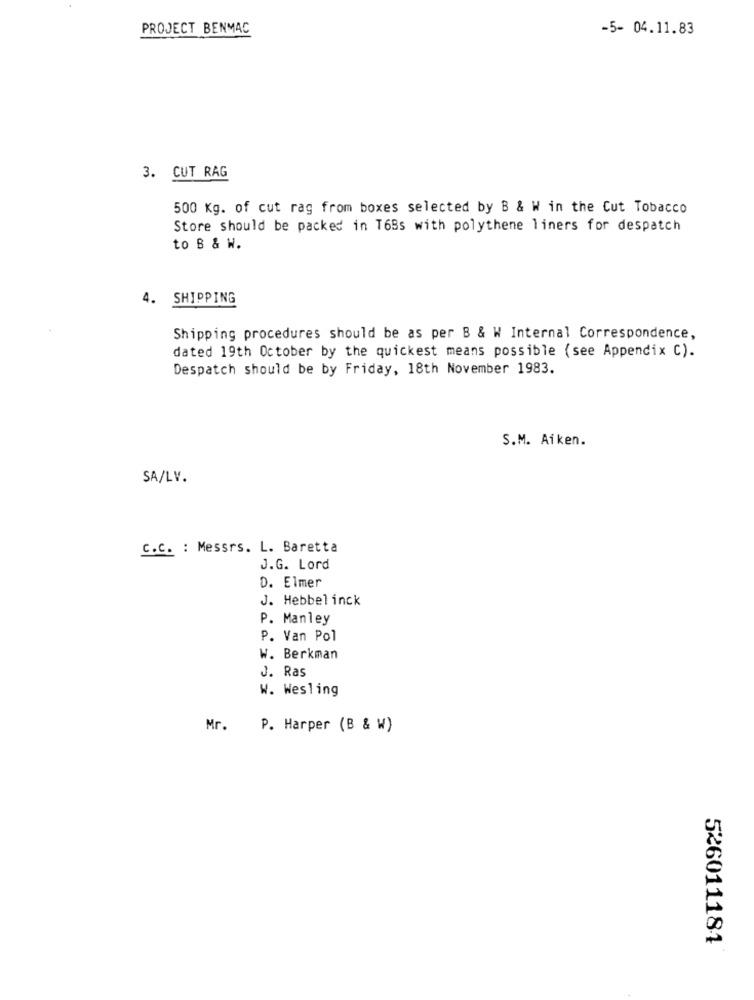
PROJECT BENMAC
-5- 04.11.83
3. CUT RAG
500 Kg. of cut rag from boxes selected by B & W in the Cut Tobacco
Store should be packed in T6Bs with polythene liners for despatch
to B & W.
4. SHIPPING
Shipping procedures should be as per B & W Internal Correspondence,
dated 19th October by the quickest means possible (see Appendix C).
Despatch should be by Friday, 18th November 1983.
S.M. Aiken.
SA/LV.
C.C. : Messrs. L. Baretta
J.G. Lord
D. Elmer
J. Hebbel inck
P. Manley
P. Van Pol
W. Berkman
J. Ras
W. Wesling
Mr.
P. Harper (B & W)
526011181